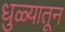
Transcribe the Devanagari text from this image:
धुळ्यातून